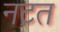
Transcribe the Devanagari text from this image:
नटत